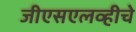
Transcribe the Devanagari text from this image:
जीएसएलव्हीचे